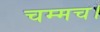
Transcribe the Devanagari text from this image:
चम्मच।